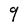
Character: 9